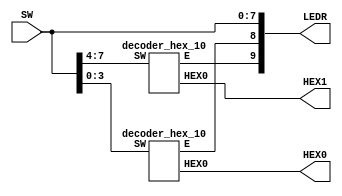
module PS3_ZAD1(
	input [7:0] SW,
	output [9:0] LEDR,
	output [0:6] HEX0, HEX1);

	assign LEDR[7:0] = SW[7:0];	
	
	decoder_hex_10 ex0(SW[7:4], HEX1[0:6], LEDR[9]);
	decoder_hex_10 ex1(SW[3:0], HEX0[0:6], LEDR[8]);
	
endmodule

module decoder_hex_10(
	input [3:0] SW,
	output reg [0:6] HEX0,
	output reg E);
	
	assign LEDR=SW;
	always @(*)
		if(SW>4'b1001) begin
		E=1;
		end
		
		else begin
		
		E=0;
		casex(SW)
			4'd0: HEX0=7'b0000001;
			4'd1: HEX0=7'b1001111;
			4'd2: HEX0=7'b0010010;
			4'd3: HEX0=7'b0000110;
			4'd4: HEX0=7'b1001100;
			4'd5: HEX0=7'b0100100;
			4'd6: HEX0=7'b0100000;
			4'd7: HEX0=7'b0001111;
			4'd8: HEX0=7'b0000000;
			4'd9: HEX0=7'b0000100;
			default: HEX0=7'b1111111;
		endcase
		end
endmodule